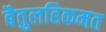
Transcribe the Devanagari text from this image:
बैतुलहिकमत